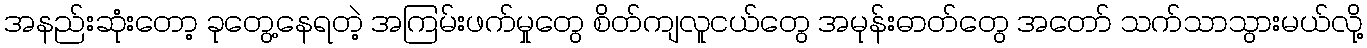
အနည်းဆုံးတော့ ခုတွေ့နေရတဲ့ အကြမ်းဖက်မှုတွေ စိတ်ကျလူငယ်တွေ အမုန်းဓာတ်တွေ အတော် သက်သာသွားမယ်လို့